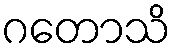
ဂတောသိ